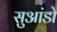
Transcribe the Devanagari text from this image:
सुआंडो